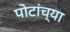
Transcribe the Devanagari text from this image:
पोटांच्या